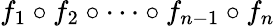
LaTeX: f_{1}\circ f_{2}\circ\cdots\circ f_{n-1}\circ f_{n}